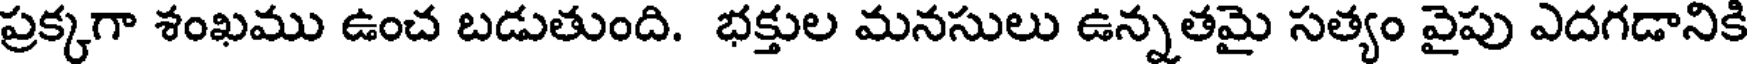
ప్రక్కగా శంఖము ఉంచ బడుతుంది. భక్తుల మనసులు ఉన్నతమై సత్యం వైపు ఎదగడానికి